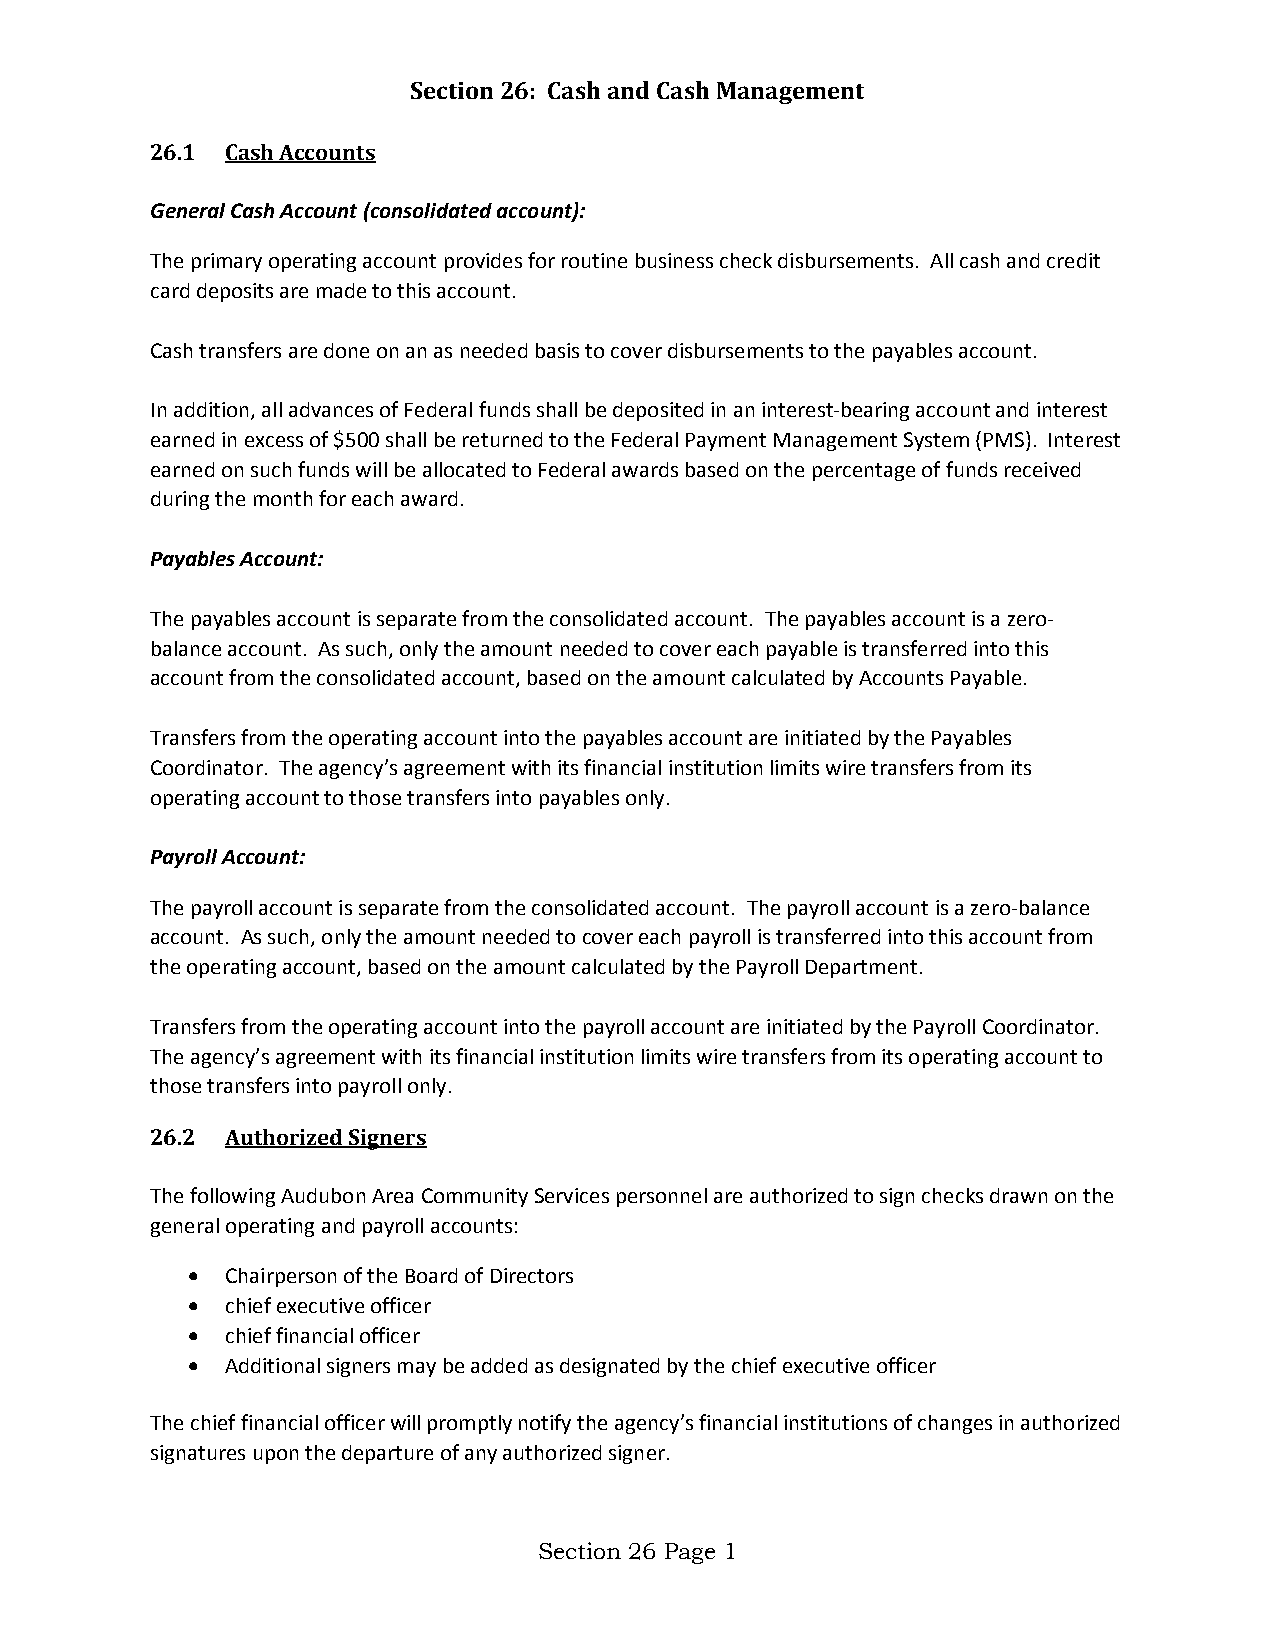
Section 26: Cash and Cash Management
 26.1 Cash Accounts
 General Cash Account (consolidated account):
 The primary operating account provides for routine business check disbursements. All cash and credit
 card deposits are made to this account.
 Cash transfers are done on an as needed basis to cover disbursements to the payables account.
 In addition, all advances of Federal funds shall be deposited in an interest-bearing account and interest
 earned in excess of $500 shall be returned to the Federal Payment Management System (PMS). Interest
 earned on such funds will be allocated to Federal awards based on the percentage of funds received
 during the month for each award.
 Payables Account:
 The payables account is separate from the consolidated account. The payables account is a zero-
 balance account. As such, only the amount needed to cover each payable is transferred into this
 account from the consolidated account, based on the amount calculated by Accounts Payable.
 Transfers from the operating account into the payables account are initiated by the Payables
 Coordinator. The agency’s agreement with its financial institution limits wire transfers from its
 operating account to those transfers into payables only.
 Payroll Account:
 The payroll account is separate from the consolidated account. The payroll account is a zero-balance
 account. As such, only the amount needed to cover each payroll is transferred into this account from
 the operating account, based on the amount calculated by the Payroll Department.
 Transfers from the operating account into the payroll account are initiated by the Payroll Coordinator.
 The agency’s agreement with its financial institution limits wire transfers from its operating account to
 those transfers into payroll only.
 26.2 Authorized Signers
 The following Audubon Area Community Services personnel are authorized to sign checks drawn on the
 general operating and payroll accounts:
 •  Chairperson of the Board of Directors
 •  chief executive officer
 •  chief financial officer
 •  Additional signers may be added as designated by the chief executive officer
 The chief financial officer will promptly notify the agency’s financial institutions of changes in authorized
 signatures upon the departure of any authorized signer.
 Section 26 Page 1